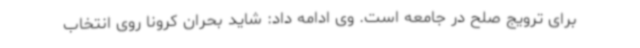
برای ترویج صلح در جامعه است. وی ادامه داد: شاید بحران کرونا روی انتخاب